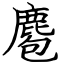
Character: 麅